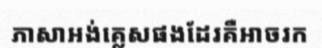
ភាសាអង់គ្លេសផងដែរគឺអាចរក